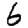
Digit: 6